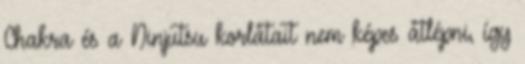
Chakra és a Ninjutsu korlátait nem képes átlépni, így